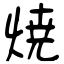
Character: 焼